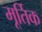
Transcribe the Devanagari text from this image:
मूर्तिक